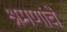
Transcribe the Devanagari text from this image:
श्रमणांचे